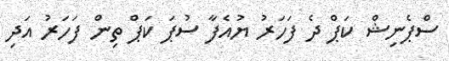
ސްޕެނިޝް ކަޕް ދެ ފަހަރު ޔުއެފާ ސުޕަ ކަޕް ތިން ފަހަރު އަދި